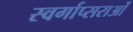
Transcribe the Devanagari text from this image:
स्वर्गाप्सराओं